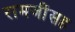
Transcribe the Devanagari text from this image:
रामजींसह